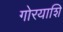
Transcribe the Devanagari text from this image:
गोरयाशि